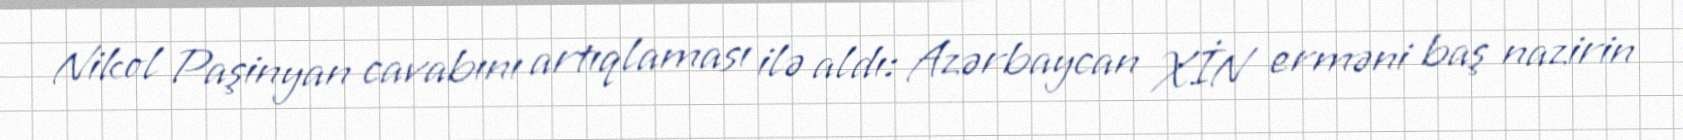
Nikol Paşinyan cavabını artıqlaması ilə aldı: Azərbaycan XİN erməni baş nazirin